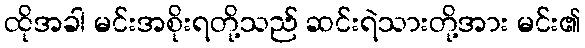
ထိုအခါ မင်းအစိုးရတို့သည် ဆင်းရဲသားတို့အား မင်း၏